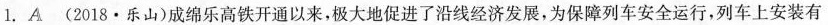
l，A (2018·乐山)成绵乐高铁开通以来，极大地促进了沿线经济发展，为保障列车安全运行，列车上安装有